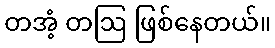
တအံ့ တဩ ဖြစ်နေတယ်။